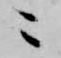
ニ